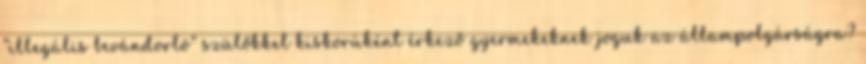
“illegális bevándorló” szülőkkel kiskorúként érkező gyermekeknek joguk az állampolgárságra?